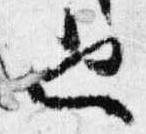
也